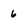
Character: 6